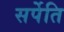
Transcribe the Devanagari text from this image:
सर्पेति